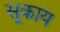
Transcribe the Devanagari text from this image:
सूकाय